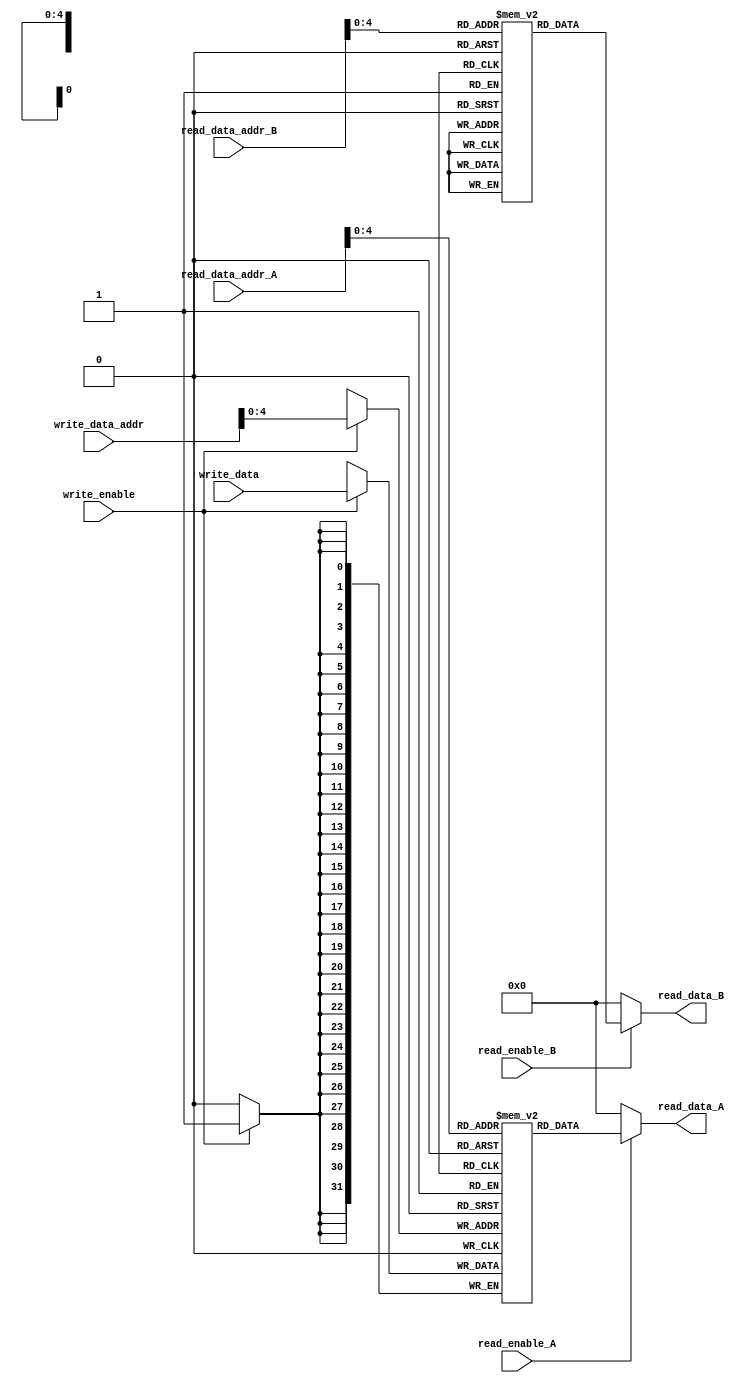
module memory_blocks_multi_port_reg_file (
    input [31:0] read_data_addr_A,
    input [31:0] read_data_addr_B,
    input [31:0] write_data_addr,
    input [31:0] write_data,
    input read_enable_A,
    input read_enable_B,
    input write_enable,
    output reg [31:0] read_data_A,
    output reg [31:0] read_data_B
);

reg [31:0] memory_block_0 [0:31];
reg [31:0] memory_block_1 [0:31];
// More memory blocks can be added as needed

always @(*) begin
    if (read_enable_A)
        read_data_A = memory_block_0[read_data_addr_A];
    else
        read_data_A = 32'h0; // default value
    
    if (read_enable_B)
        read_data_B = memory_block_1[read_data_addr_B];
    else
        read_data_B = 32'h0; // default value
end

always @(posedge clk) begin
    if (write_enable)
        memory_block_0[write_data_addr] <= write_data;
end

endmodule